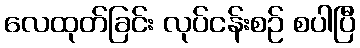
လေထုတ်ခြင်း လုပ်ငန်းစဉ် စပါပြီ